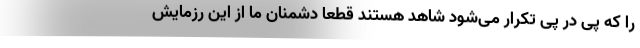
را که پی در پی تکرار می‌شود شاهد هستند قطعاً دشمنان ما از این رزمایش